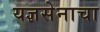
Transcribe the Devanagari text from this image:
यज्ञसेनाचा